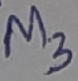
Text: M3